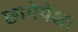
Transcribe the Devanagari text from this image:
छायेपेक्षा